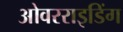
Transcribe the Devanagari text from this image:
ओवरराइडिंग